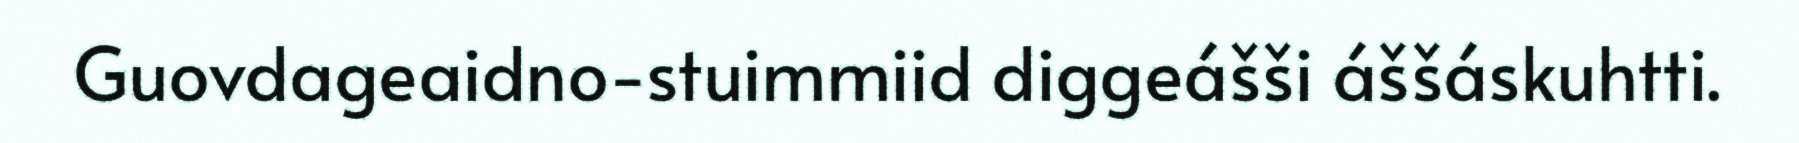
Guovdageaidno-stuimmiid diggeášši áššáskuhtti.